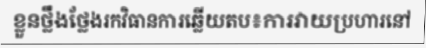
ខ្លួនថ្លឹងថ្លែងរកវិធានការឆ្លើយតប៖ការវាយប្រហារនៅ